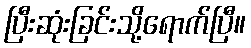
ပြီးဆုံးခြင်းသို့ရောက်ပြီ။